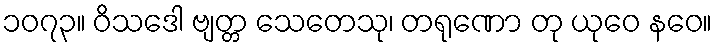
၁၀၇၃။ ဝိသဒေါ ဗျတ္တ သေတေသု၊ တရုဏော တု ယုဝေ နဝေ။